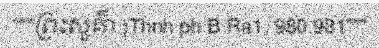
"""ព្រះសួគ៌ា )Thnh ph B Ra1, 980.981"""